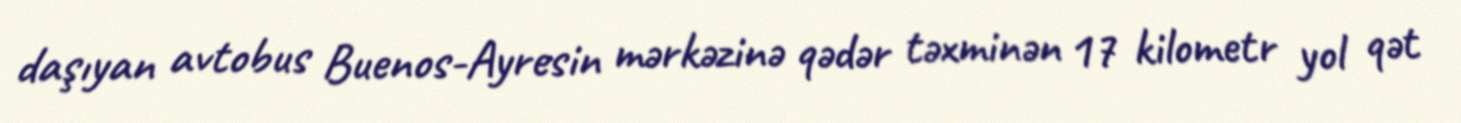
daşıyan avtobus Buenos-Ayresin mərkəzinə qədər təxminən 17 kilometr yol qət